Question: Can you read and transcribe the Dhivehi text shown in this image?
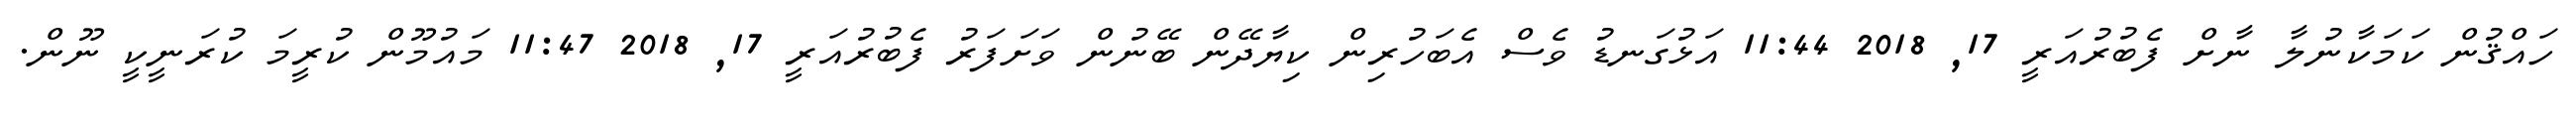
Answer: ހައްޤުން ކަމަކާނުލާ ނާށް ފެބުރުއަރީ 17, 2018 11:44 އަޅުގަނޑު ވެސް އެބަހުރިން ކިޔާދޭން ބޭނުން ވަށަފަރު ފެބުރުއަރީ 17, 2018 11:47 މައުމޫން ކުރީމަ ކުރަނީކީ ނޫން.